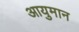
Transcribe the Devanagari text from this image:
आयुमान